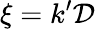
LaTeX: \xi=k^{\prime}\mathcal{D}